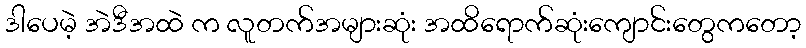
ဒါပေမဲ့ အဲဒီအထဲ က လူတက်အများဆုံး အထိရောက်ဆုံးကျောင်းတွေကတော့